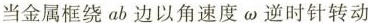
当金属框绕ab边以角速度\omega 逆时针转动